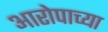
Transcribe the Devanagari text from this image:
आरोपाच्या